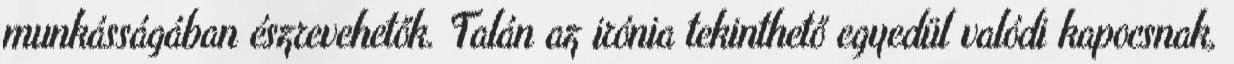
munkásságában észrevehetők. Talán az irónia tekinthető egyedül valódi kapocsnak,